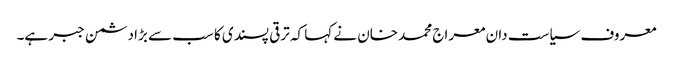
معروف سیاست دان معراج محمد خان نے کہا کہ ترقی پسندی کا سب سے بڑا دشمن جبر ہے۔